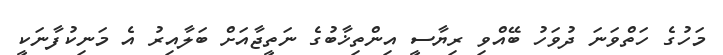
މަހުގެ ހަތްވަނަ ދުވަހު ބޭއްވި ރިޔާސީ އިންތިޚާބުގެ ނަތީޖާއަށް ބަލާއިރު އެ މަނިކުފާނަކީ